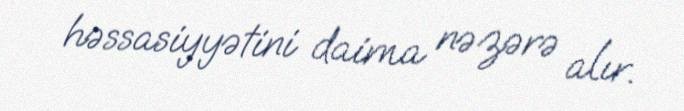
həssasiyyətini daima nəzərə alır.